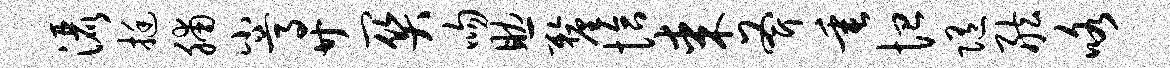
洒挺脯小尊廿关吻助厘恰某斧垂恤随舷咯